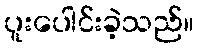
ပူးပေါင်းခဲ့သည်။